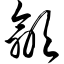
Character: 歙